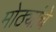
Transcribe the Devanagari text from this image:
मोठ्यांचे